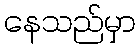
နေသည်မှာ